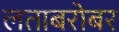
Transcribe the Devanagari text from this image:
लताबरोबर